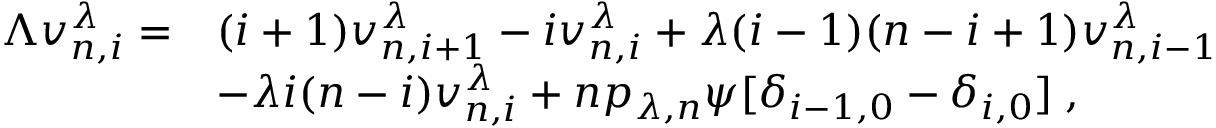
\begin{array} { r l } { \Lambda v _ { n , i } ^ { \lambda } = } & { ( i + 1 ) v _ { n , i + 1 } ^ { \lambda } - i v _ { n , i } ^ { \lambda } + \lambda ( i - 1 ) ( n - i + 1 ) v _ { n , i - 1 } ^ { \lambda } } \\ & { - \lambda i ( n - i ) v _ { n , i } ^ { \lambda } + n p _ { \lambda , n } \psi [ \delta _ { i - 1 , 0 } - \delta _ { i , 0 } ] \; , } \end{array}